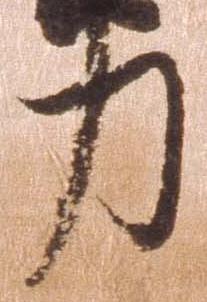
力